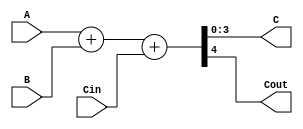
`timescale 1ns / 1ps
//////////////////////////////////////////////////////////////////////////////////
// Company: 
// Engineer: 
// 
// Design Name: 
// Module Name: Adder
// Project Name: 
// Target Devices: 
// Tool Versions: 
// Description: 
// 
// Dependencies: 
// 
// Revision:
// Revision 0.01 - File Created
// Additional Comments:
// 
//////////////////////////////////////////////////////////////////////////////////


module Adder(
    input [3:0] A,
    input [3:0] B,
    input Cin,
    
    output [3:0] C,
    output Cout
    );
    
    assign {Cout, C} = A + B + Cin;
    
endmodule